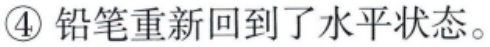
\textcircled{4} 铅笔重新回到了水平状态。